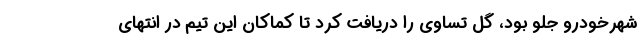
شهرخودرو جلو بود، گل تساوی را دریافت کرد تا کماکان این تیم در انتهای